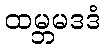
ထမ္ဘမဒဒံ